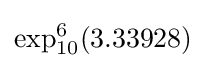
\exp _{10}^{6}(3.33928)